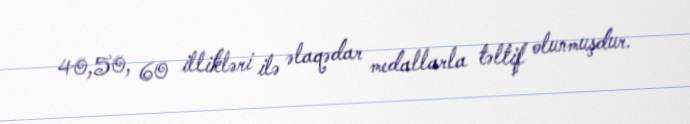
40,50, 60 illikləri ilə əlaqədar medallarla təltif olunmuşdur.